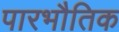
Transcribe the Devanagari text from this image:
पारभौतिक